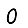
Digit: 0